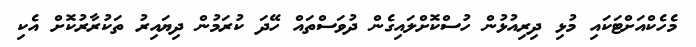
މެހެކްއަށްޓަކައި މުޅި ދިރިއުޅުން ހުސްކޮށްލައިގެން ދުވަސްތައް ހޭދަ ކުރަމުން ދިޔައިރު ތަކުރާރުކޮށް އެކި